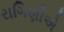
રાગિણીએ